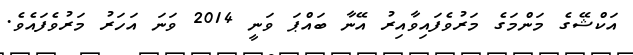
އަކްޝޭގެ މަންމަގެ މަރުވެފައިވާއިރު އޭނާ ބައްޕަ ވަނީ 2014 ވަނަ އަހަރު މަރުވެފައެވެ.